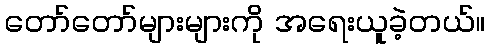
တော်တော်များများကို အရေးယူခဲ့တယ်။